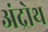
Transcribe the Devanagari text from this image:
अंद्रोथ